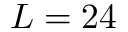
L = 2 4